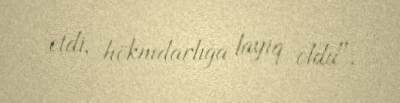
etdi, hökmdarlığa layiq oldu".